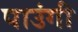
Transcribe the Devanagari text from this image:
पाउंगी